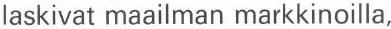
laskivat maailman markkinoilla,